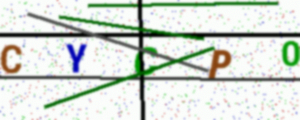
Text: CYCP0